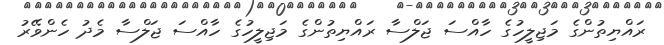
ރައްޔިތުންގެ މަޖިލީހުގެ ހާއްސަ ޖަލްސާ ރައްޔިތުންގެ މަޖިލީހުގެ ހާއްސަ ޖަލްސާ މެދު ހެންވޭރު